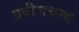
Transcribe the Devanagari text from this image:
प्रवीणचन्द